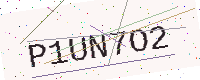
Text: P1UN7O2